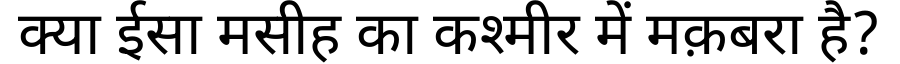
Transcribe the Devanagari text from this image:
क्या ईसा मसीह का कश्मीर में मक़बरा है?